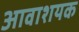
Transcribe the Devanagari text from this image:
आवाशयक